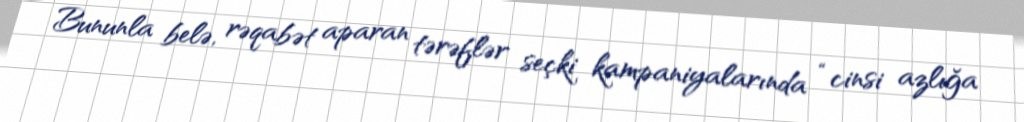
Bununla belə, rəqabət aparan tərəflər seçki kampaniyalarında “cinsi azlığa